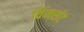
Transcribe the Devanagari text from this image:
विंनसंट